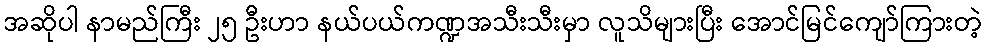
အဆိုပါ နာမည်ကြီး ၂၅ ဦးဟာ နယ်ပယ်ကဏ္ဍအသီးသီးမှာ လူသိများပြီး အောင်မြင်ကျော်ကြားတဲ့